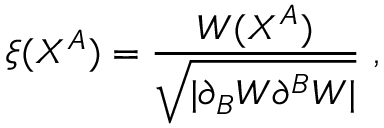
\xi ( X ^ { A } ) = \frac { W ( X ^ { A } ) } { \sqrt { | \partial _ { B } W \partial ^ { B } W | } } ~ ,